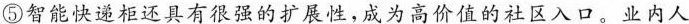
⑤智能快递柜还具有很强的扩展性，成为高价值的社区入口。业内人